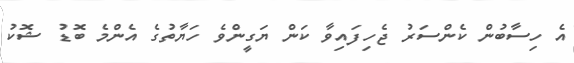
އެ ހިސާބުން ކެންސަރު ޖެހިފައިވާ ކަން ޔަގީންވެ ހަޔާތުގެ އެންމެ ބޮޑު ޝޮކު